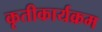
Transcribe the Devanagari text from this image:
कृतीकार्यक्रम